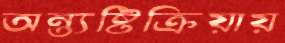
অন্ত্যষ্টিক্রিয়ায়